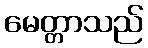
မေတ္တာသည်